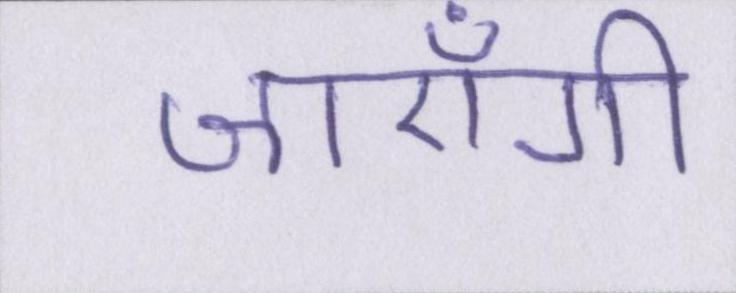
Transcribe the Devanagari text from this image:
जाएँगी